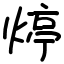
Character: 㷚